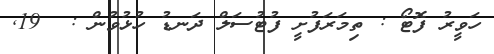
ހަވީރު ފޮޓޯ : ތިމަރަފުށީ ފުޓުސަލް ދަނޑު ހުޅުވުން :  19